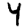
Digit: 4